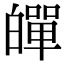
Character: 𤾠